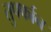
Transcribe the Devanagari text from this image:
तुपर्फान